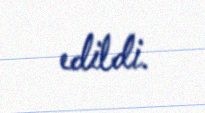
edildi.